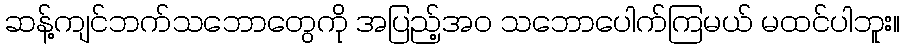
ဆန့်ကျင်ဘက်သဘောတွေကို အပြည့်အဝ သဘောပေါက်ကြမယ် မထင်ပါဘူး။